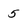
Character: 5